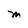
Character: M